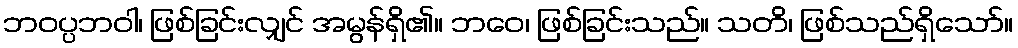
ဘဝပ္ပဘဝါ၊ ဖြစ်ခြင်းလျှင် အမွန်ရှိ၏။ ဘဝေ၊ ဖြစ်ခြင်းသည်။ သတိ၊ ဖြစ်သည်ရှိသော်။